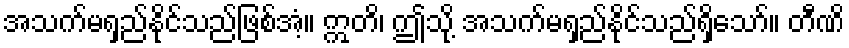
အသက်မရှည်နိုင်သည်ဖြစ်အံ့။ ဣတိ၊ ဤသို့ အသက်မရှည်နိုင်သည်ရှိသော်။ တီဏိ